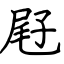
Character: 屘